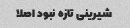
شیرینی تازه نبود اصلا